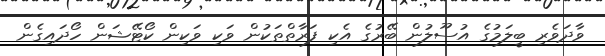
ވާދަވެރި ބީލަމުގެ އުސޫލުން ބޭރުގެ އެކި ފަރާތްތަކުން ވަކި ވަކިން ކޯޓޭޝަން ހޯދައިގެން